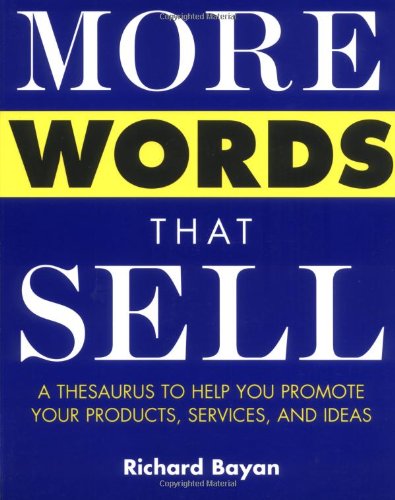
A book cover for More Words That Sell; Richard Bayan; Business & Money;